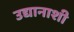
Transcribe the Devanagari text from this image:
उद्यानाशी